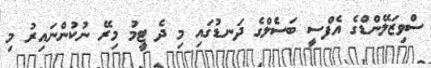
ސްވިޒަލޭންޑްގެ އެފްސީ ބަސެލްގެ ދަނޑުގައި މި ދެ ޓީމު މިރޭ ނުކުންނައިރު މި